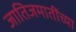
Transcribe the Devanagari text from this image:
जातिजमातींच्या